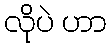
လိုပဲ ဟာ